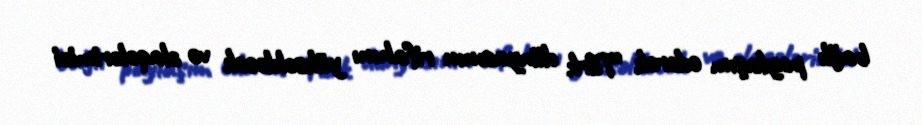
bağlı paylaşım edərək “Türk dünyasının rifahını yüksəldəcək və əlaqələrimizi